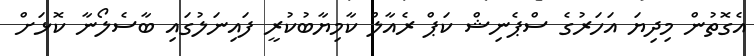
އެގޮތުން މިދިޔަ އަހަރުގެ ސްޕެނިޝް ކަޕް ރެއާލް ކާމިޔާބުކުރީ ފައިނަލުގައި ބާސެލޯނާ ކޮޅަށް